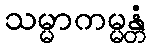
သမ္မာကမ္မန္တံ